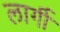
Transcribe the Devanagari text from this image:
लार्गी